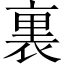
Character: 裏